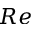
R e